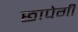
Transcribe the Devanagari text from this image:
छापेगी